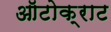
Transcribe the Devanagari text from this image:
ऑटोक्राट